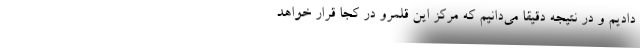
دادیم و در نتیجه دقیقاً می‌دانیم که مرکز این قلمرو در کجا قرار خواهد